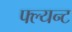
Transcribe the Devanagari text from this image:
फ्ल्यन्ट